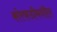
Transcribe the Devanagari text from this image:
कोरफडीमधील